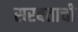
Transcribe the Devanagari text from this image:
सरबताची